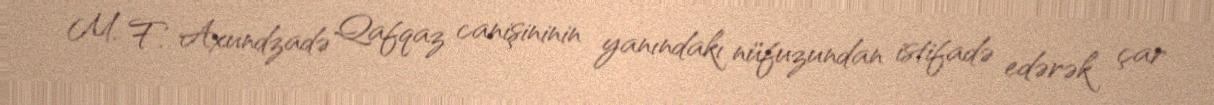
M. F. Axundzadə Qafqaz canişininin yanındakı nüfuzundan istifadə edərək çar